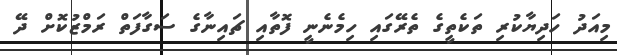
މިއަދު ހަދިޔާކުރި ތަކެތީގެ ތެރޭގައި ހިމެނެނީ ފޮތާއި ޗައިނާގެ ސަގާފަތް ރަމްޒުކޮށް ދޭ